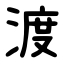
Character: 渡